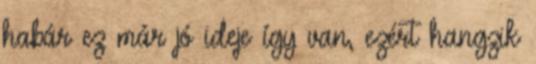
habár ez már jó ideje í­gy van, ezért hangzik